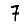
Digit: 7